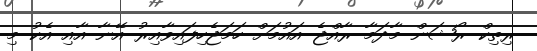
ރިތިކް ރޯޝަން މާދަމާ ރާއްޖެ އައުމަށް ހަމަޖެހިފައިވާއިރު އޭނާ އާއި އެކު މި